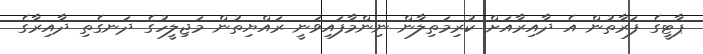
ޕާޓީގެ ފަރާތުން އެ ދާއިރާއަށް ކުރިމަތިލާން ނިންމާފައިވަނީ ރައްޔިތުން މަޖިލީހުގެ ދަނގެތި ދާއިރާގެ